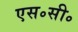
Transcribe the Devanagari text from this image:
एस॰सी॰